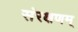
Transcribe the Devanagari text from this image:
संरक्षणम्‌